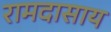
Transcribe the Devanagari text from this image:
रामदासाय